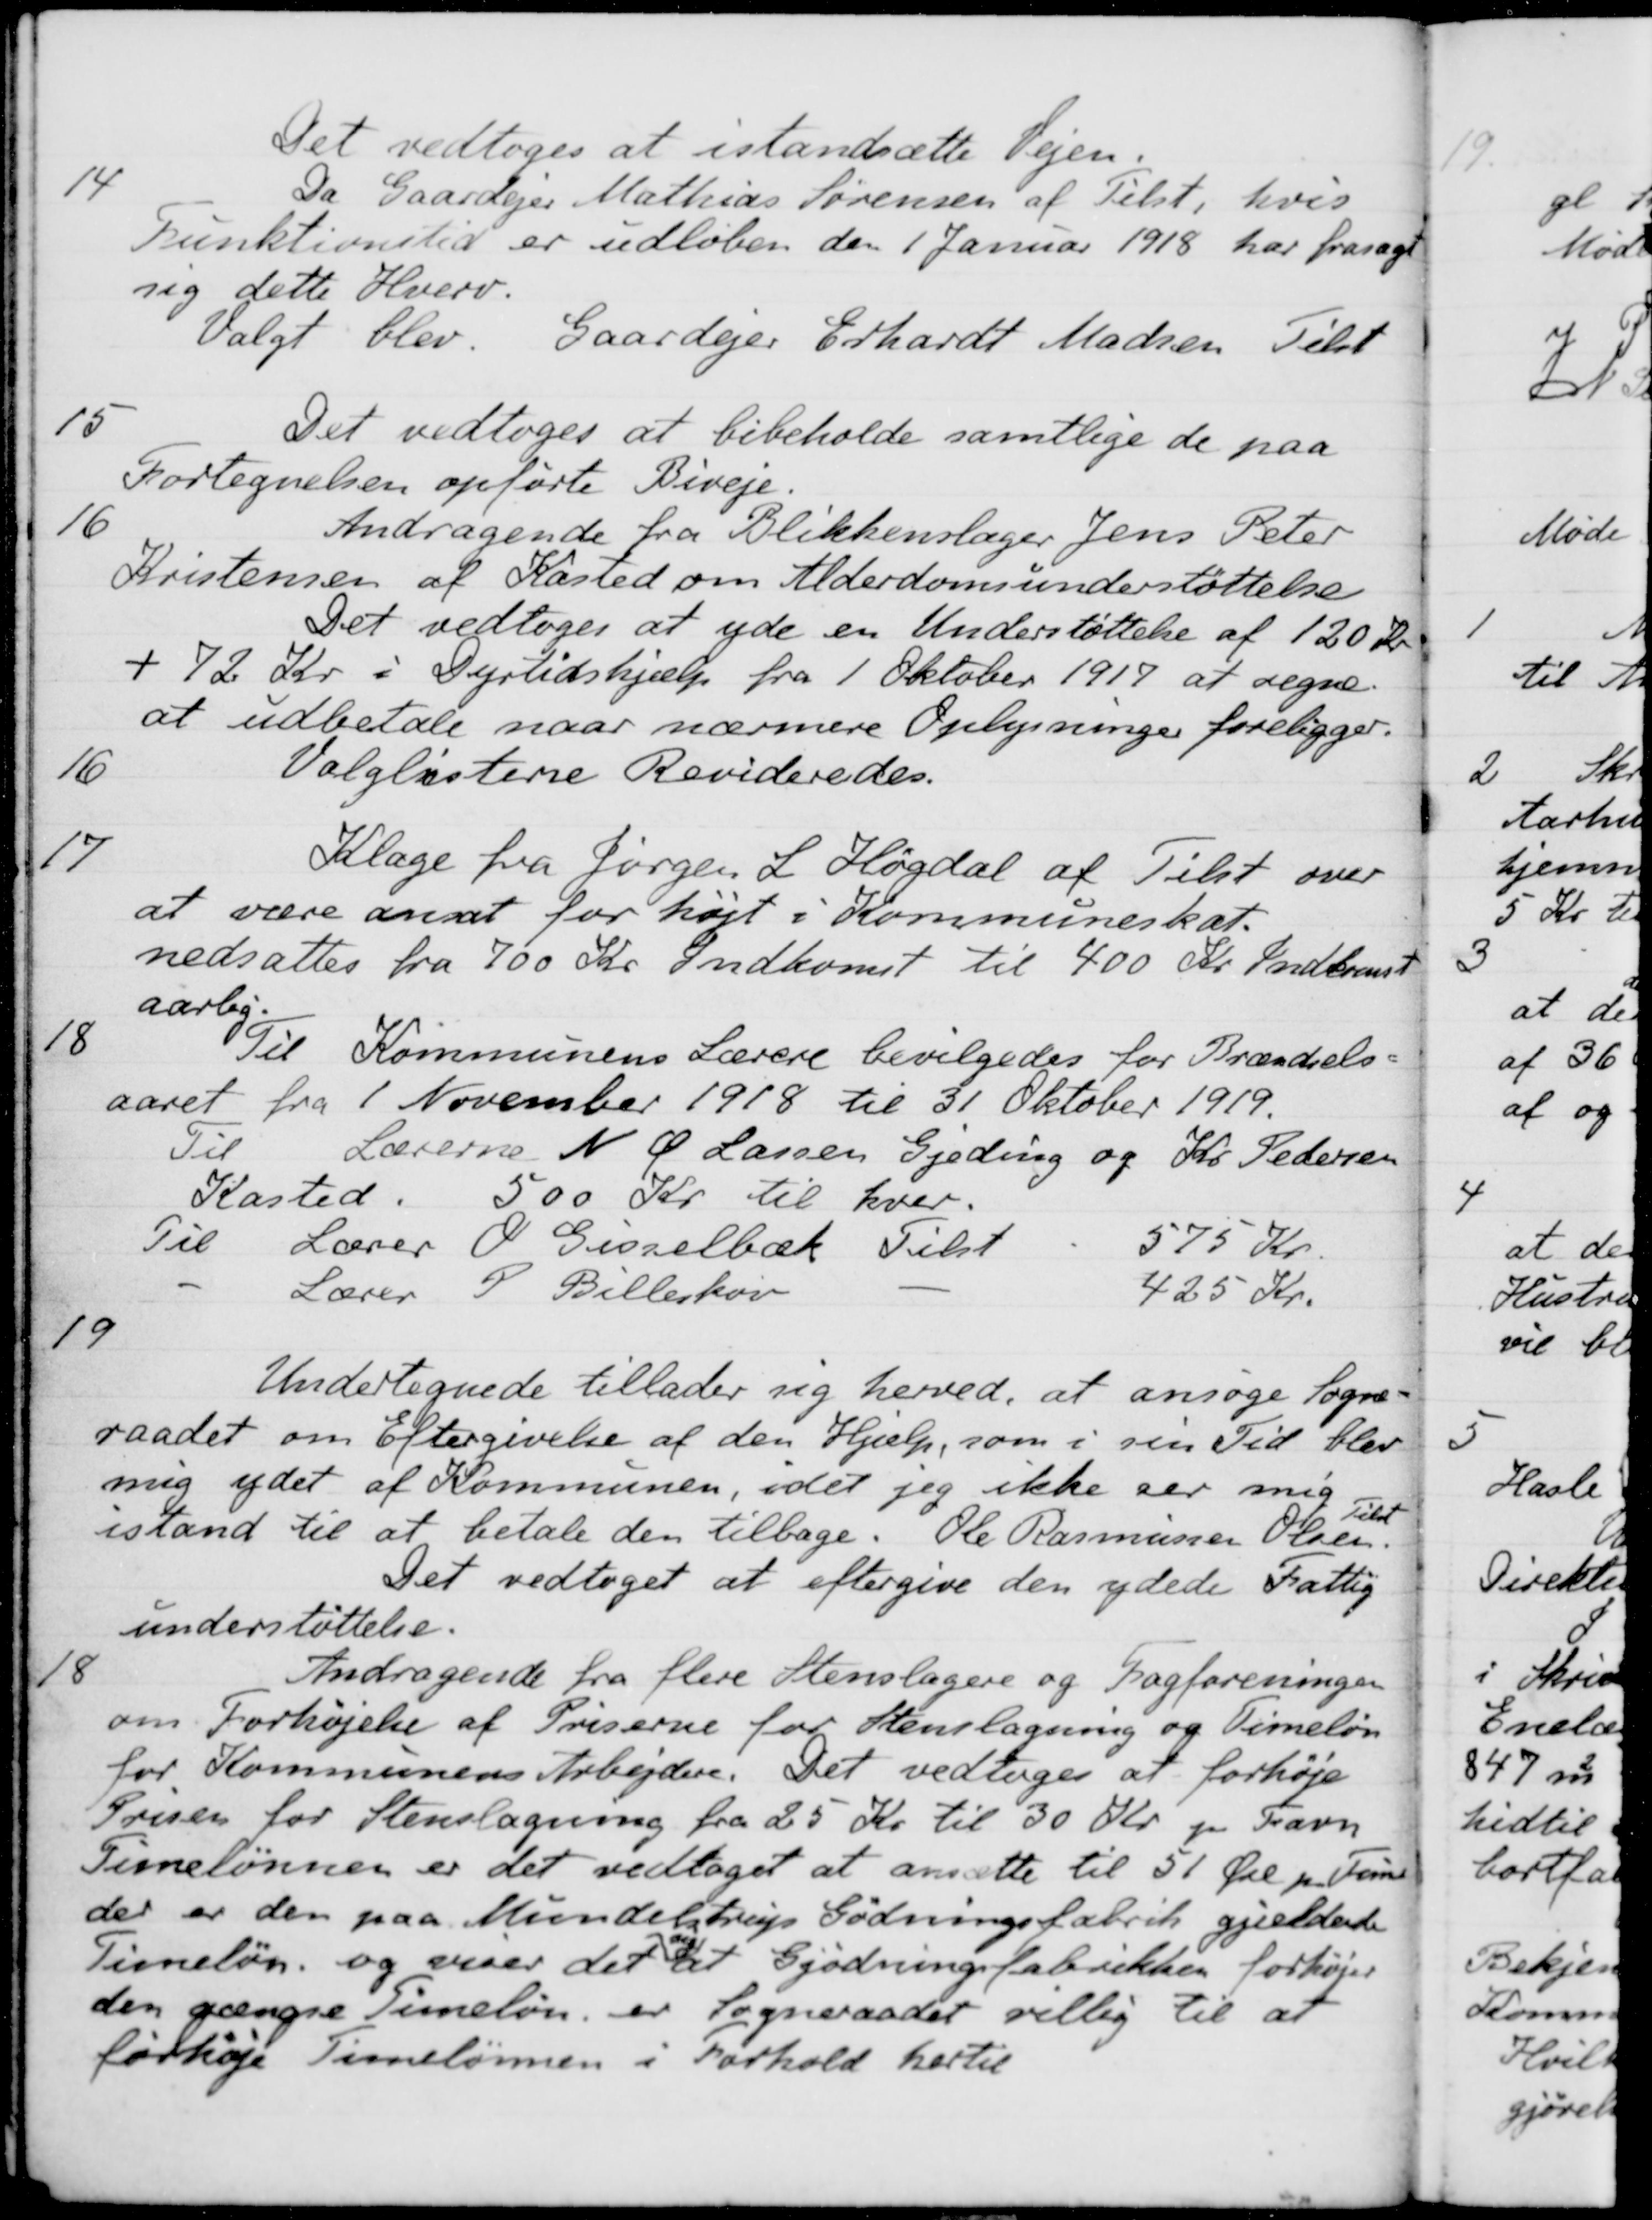
Transskription:
Det vedtoges at istandsætte Vejen.
14
Da Gaardejer Mathias Sørensen af Tilst, hvis
Funktionstid er udløben den 1 Januar 1918 har frasagt
sig dette Hverv.
Valgt blev. Gaardejer Erhardt Madsen Tilst
15
Det vedtoges at bibeholde samtlige de paa
Fortegnelsen opførte Biveje.
16
Andragende fra Blikkenslager Jens Peter
Kristensen af Kasted om Alderdomsunderstøttelse
Det vedtoges at yde en Understøttelse af 120 Kr
+ 72 Kr. i Dyrtidshjælp fra 1 Oktober 1917 at regne
at udbetale naar nærmere Oplysninger foreligger
16
Valglisterne Revideredes.
17
Klage fra Jørgen L Høgdal af Tilst over
at være ansat for højt i Kommuneskat.
nedsattes fra 700 Kr. Indkomst til 400 Kr. Indkomst
aarlig
18
Til Kommunens Lærere bevilgedes for Brændsels-
aaret fra 1 November 1918 til 31 Oktober 1919.
Til Lærerne N Ø Lassen Gjeding og Kr. Pedersen
Kasted: 500 Kr til hver.
Til Lærer O Gisselbæk Tilst
575 Kr.
Lærer P. Billeskov
425 Kr.
19
Undertegnede tillader sig herved, at ansøge Sogne-
raadet om Eftergivelse af den Hjælp, som i sin Tid blev
mig ydet af Kommunen, idet jeg ikke ser mig
istand til at betale den tilbage. Ole Rasmussen Olsen.
Tilst
Det vedtoges at eftergive den ydede Fattig
understøttelse.
18
Andragende fra flere Stenslagere og Fagforeningen
om Forhøjelse af Priserne for Stenslagning og Timeløn
for Kommunens Arbejdere. Det vedtoges at forhøje
Prisen for Stenslagning fra 25 Kr til 30 Kr. pr. Favn
Timelønnen er det vedtaget at ansætte til 51 Øre pr Favne
der er den paa Mundelstrup Gødningsfabrik gjældende
Timeløn, og viser det sig at Gjødningsfabrikken forhøjer
den gængse Timeløn er Sogneraadet villig til at
førhøje Timelønnen i Forhold hertil